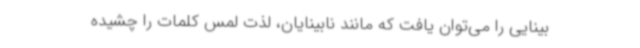
بینایی را می‌توان یافت که مانند نابینایان، لذت لمس کلمات را چشیده